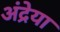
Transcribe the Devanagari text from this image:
अंद्रेया